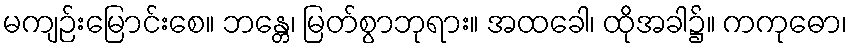
မကျဉ်းမြောင်းစေ။ ဘန္တေ၊ မြတ်စွာဘုရား။ အထခေါ၊ ထိုအခါ၌။ ကကုဓော၊